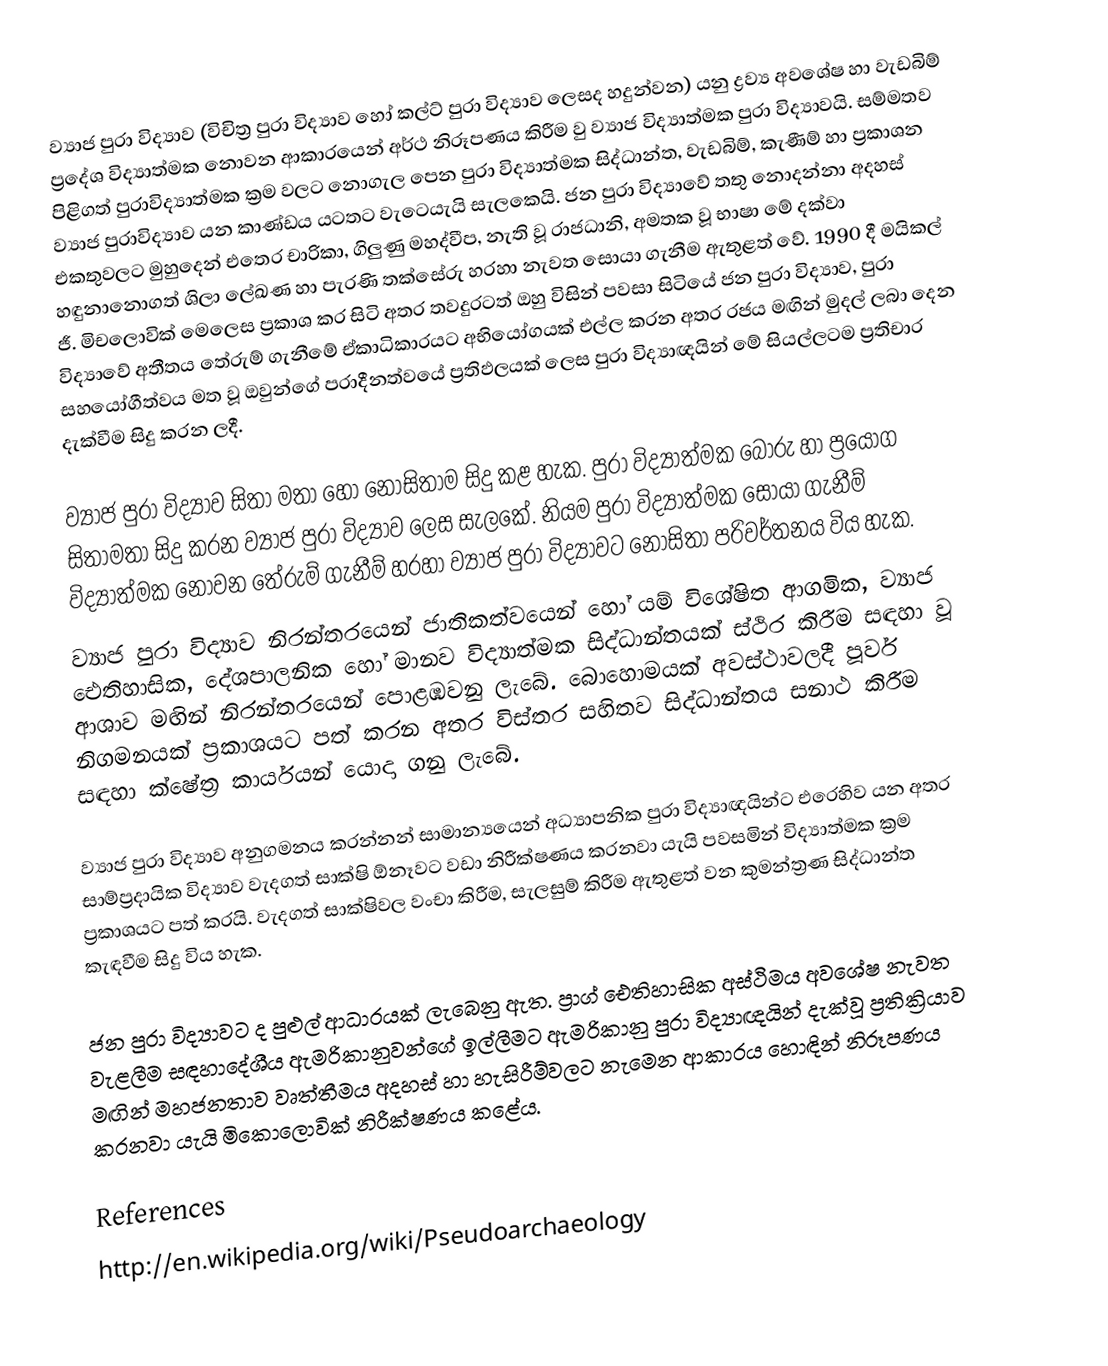
ව්‍යාජ පුරා විද්‍යාව (විචිත්‍ර පුරා විද්‍යාව හෝ කල්ට් පුරා විද්‍යාව ලෙසද හදුන්වන) යනු ද්‍රව්‍ය අවශේෂ හා වැඩබිම් ප්‍රදේශ විද්‍යාත්මක නොවන ආකාරයෙන් අර්ථ නිරූපණය කිරීම වු ව්‍යාජ විද්‍යාත්මක පුරා විද්‍යාවයි. සම්මතව පිළිගත් පුරාවිද්‍යාත්මක ක්‍රම වලට නොගැල පෙන පුරා විද්‍යාත්මක සිද්ධාන්ත, වැඩබිම්, කැණීම් හා ප්‍රකාශන ව්‍යාජ පුරාවිද්‍යාව යන කාණ්ඩය යටත‍ට වැටෙයැයි සැලකෙයි. ජන පුරා විද්‍යාවේ තතු නොදන්නා අදහස්  එකතුවලට මුහුදෙන් එතෙර චාරිකා, ගිලුණු මහද්වීප, නැති වූ රාජධානි, අමතක වූ භාෂා මේ දක්වා හඳුනානොගත් ශිලා ලේඛණ හා පැරණි තක්සේරු හරහා නැවත සොයා ගැනීම ඇතුළත් වේ. 1990 දී මයිකල් ජී. මිචලොවික් මෙලෙස ප්‍රකාශ කර සිටි අතර තවදුරටත් ඔහු විසින් පවසා සිටියේ ජන පුරා විද්‍යාව, පුරා විද්‍යාවේ අතීතය තේරුම් ගැනීමේ ඒකාධිකාරයට අභියෝගයක් එල්ල කරන අතර රජය මඟින් මුදල් ලබා දෙන සහයෝගීත්වය මත වූ ඔවුන්ගේ පරාදීනත්වයේ ප්‍රතිඵලයක් ලෙස පුරා විද්‍යාඥයින් මේ සියල්ලටම ප්‍රතිචාර දැක්වීම සිදු කරන ලදී. ‍

ව්‍යාජ පුරා විද්‍යාව සිතා මතා හෝ නොසිතාම සිදු කළ හැක. පුරා විද්‍යාත්මක බොරු හා ප්‍රයෝග සිතාමතා සිදු කරන ව්‍යාජ පුරා විද්‍යාව ලෙස සැලකේ. නියම පුරා විද්‍යාත්මක සොයා ගැනීම් විද්‍යාත්මක නොවන තේරුම් ගැනීම් හරහා ව්‍යාජ පුරා විද්‍යාවට නොසිතා පරිවර්තනය විය හැක.
ව්‍යාජ පුරා විද්‍යාව නිරන්තරයෙන් ජාතිකත්වයෙන් හෝ යම් විශේෂිත ආගමික, ව්‍යාජ ඓතිහාසික, දේශපාලනික හෝ මානව විද්‍යාත්මක සිද්ධාන්තයක් ස්ථිර කිරීම සඳහා වූ ආශාව මඟින් නිරන්තරයෙන් පොළඹවනු ලැබේ. බොහොමයක් අවස්ථාවලදී පූර්ව නිගමනයක් ප්‍රකාශයට පත් කරන අතර විස්තර සහිතව සිද්ධාන්තය සනාථ කිරීම සඳහා ක්ෂේත්‍ර කාර්යයන් යොදා ගනු ලැබේ.

ව්‍යාජ පුරා විද්‍යාව අනුගමනය කරන්නන් සාමාන්‍යයෙන් අධ්‍යාපනික පුරා විද්‍යාඥයින්ට එරෙහිව යන අතර සාම්ප්‍රදායික විද්‍යාව වැදගත් සාක්ෂි ඕනෑවට වඩා නිරීක්ෂණය කරනවා යැයි පවසමින් විද්‍යාත්මක ක්‍රම ප්‍රකාශයට පත් කරයි. වැදගත් සාක්ෂිවල වංචා කිරීම, සැලසුම් කිරීම ඇතුළත් වන කුමන්ත්‍රණ සිද්ධාන්ත කැඳවීම සිදු විය හැක.

ජන පුරා විද්‍යාවට ද පුළුල් ආධාරයක් ලැබෙනු ඇත. ප්‍රාග් ඓතිහාසික අස්ථිමය අවශේෂ නැවත වැළලීම සඳහා‍දේශීය ඇමරිකානුවන්ගේ ඉල්ලීමට ඇමරිකානු පුරා විද්‍යාඥයින් දැක්වූ ප්‍රතික්‍රියාව මඟින් මහජනතාව වෘත්තීමය අදහස් හා හැසිරීම්වලට නැමෙන ආකාරය හොඳින් නිරූපණය කරනවා යැයි මිකොලොවික් නිරීක්ෂණය කළේය.

References
http://en.wikipedia.org/wiki/Pseudoarchaeology